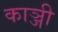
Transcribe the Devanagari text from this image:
काञ्जी